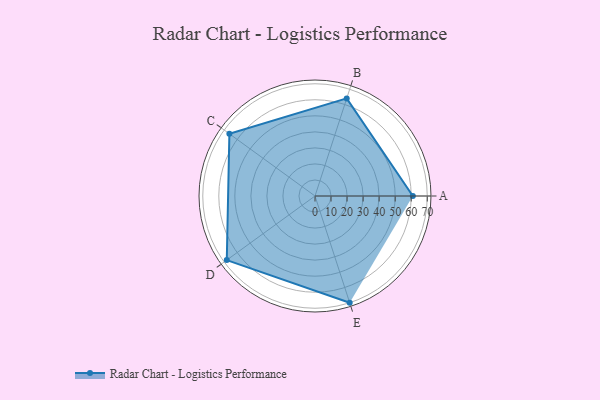
{"axis": {"x": "Skill", "y": "Score"}, "legend": ["Profile"], "data": [{"x": "A", "y": 61.0, "type": "Profile"}, {"x": "B", "y": 64.0, "type": "Profile"}, {"x": "C", "y": 66.0, "type": "Profile"}, {"x": "D", "y": 68.0, "type": "Profile"}, {"x": "E", "y": 70.0, "type": "Profile"}]}